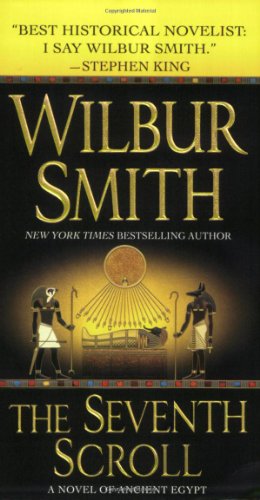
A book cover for The Seventh Scroll: A Novel of Ancient Egypt (Novels of Ancient Egypt); Wilbur Smith; Romance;